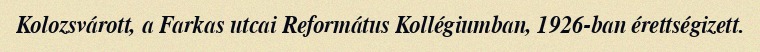
Kolozsvárott, a Farkas utcai Református Kollégiumban, 1926-ban érettségizett.